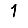
Digit: 1